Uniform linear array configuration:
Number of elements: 16
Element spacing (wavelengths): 0.5
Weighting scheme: kaiser
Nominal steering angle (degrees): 30
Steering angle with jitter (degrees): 30.233
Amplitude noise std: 0.05
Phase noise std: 0.05

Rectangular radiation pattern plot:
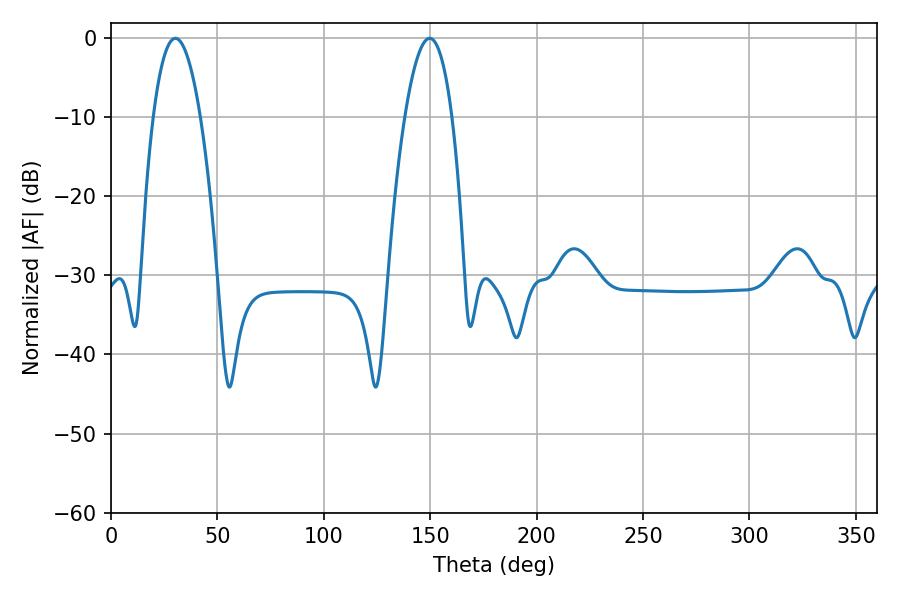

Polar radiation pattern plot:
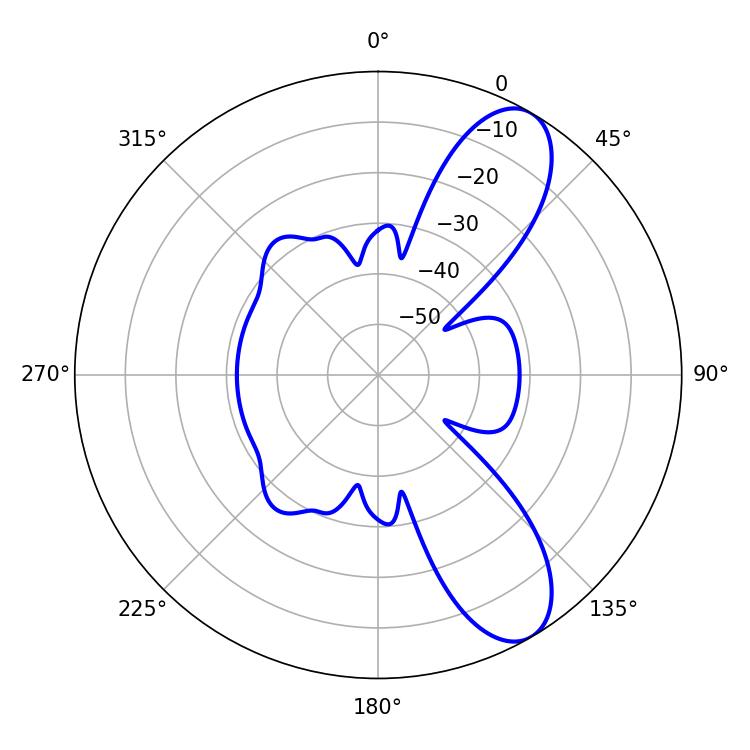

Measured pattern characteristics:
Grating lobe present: FALSE
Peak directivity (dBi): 9.375
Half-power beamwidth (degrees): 12.24
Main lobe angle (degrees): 30.24